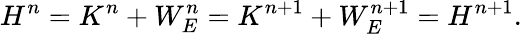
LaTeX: H^{n}=K^{n}+W_{E}^{n}=K^{n+1}+W_{E}^{n+1}=H^{n+1}.